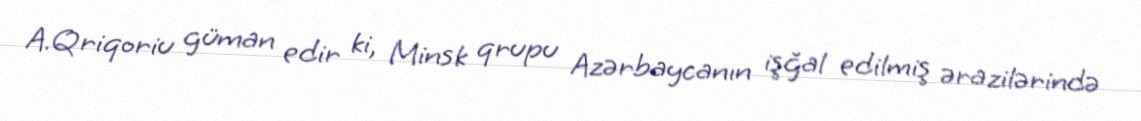
A.Qriqoriu güman edir ki, Minsk qrupu Azərbaycanın işğal edilmiş ərazilərində